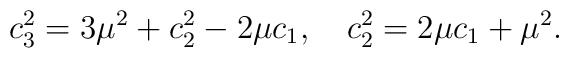
c^2_{3} = 3 \mu^2 + c^2_{2} - 2 \mu c_{1},~~~c^2_{2} =2 \mu c_{1} + \mu^2.